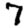
Digit: 7